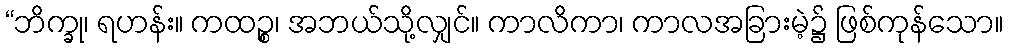
“ဘိက္ခု၊ ရဟန်း။ ကထဉ္စ၊ အဘယ်သို့လျှင်။ ကာလိကာ၊ ကာလအခြားမဲ့၌ ဖြစ်ကုန်သော။